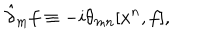
\hat { \partial } _ { m } f \equiv - i \theta _ { m n } [ x ^ { n } , f ] ,